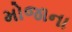
મોજાના